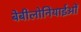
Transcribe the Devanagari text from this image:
बेबीलोनियाईओं